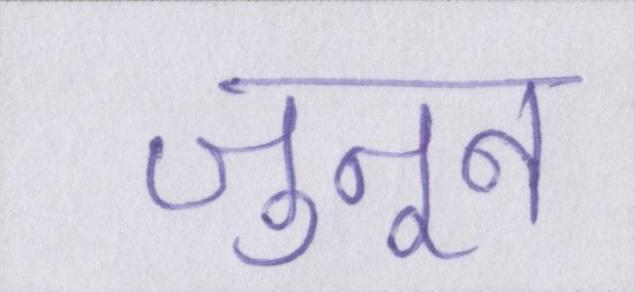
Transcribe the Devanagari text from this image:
जुनून